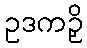
ဥဒကဉှိ